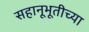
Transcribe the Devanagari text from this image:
सहानूभूतीच्या